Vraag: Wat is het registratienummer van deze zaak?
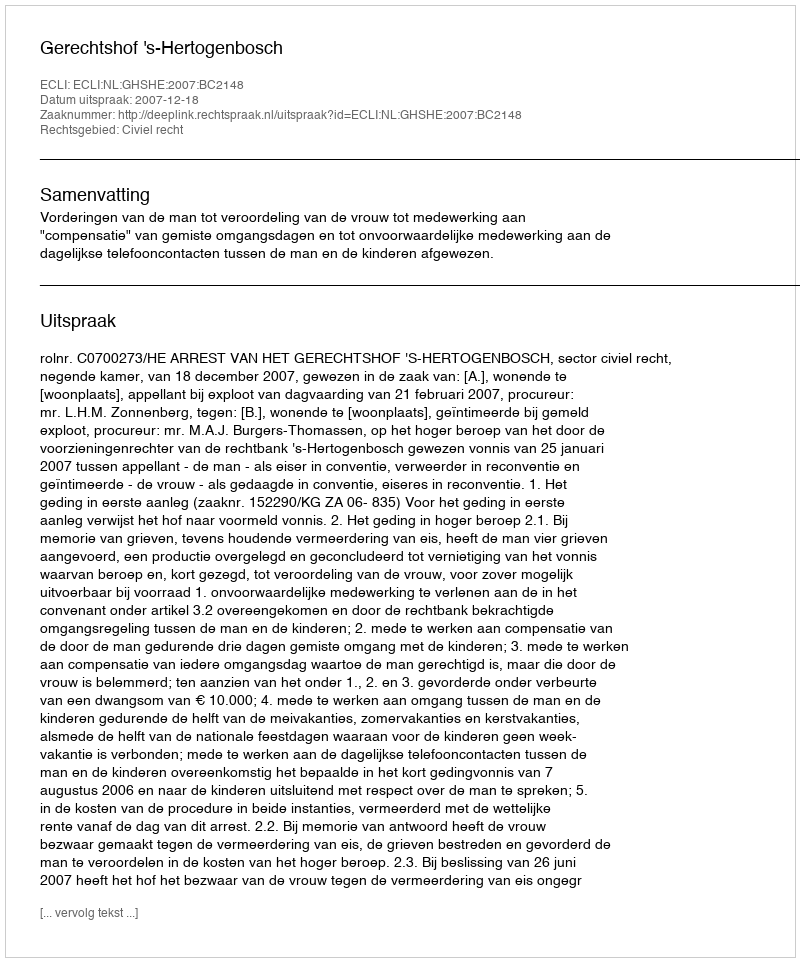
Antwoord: http://deeplink.rechtspraak.nl/uitspraak?id=ECLI:NL:GHSHE:2007:BC2148